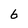
Character: 6